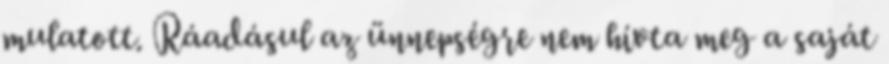
mulatott. Ráadásul az ünnepségre nem hívta meg a saját